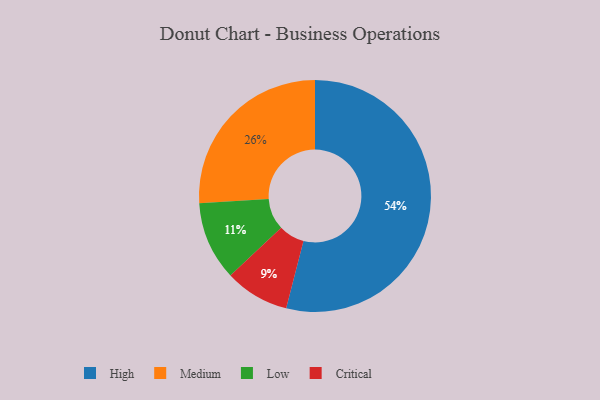
{"axis": {"x": "Category", "y": "Percentage"}, "legend": ["Critical", "High", "Low", "Medium"], "data": [{"x": "Low", "y": 11, "type": "Low"}, {"x": "Medium", "y": 26, "type": "Medium"}, {"x": "High", "y": 54, "type": "High"}, {"x": "Critical", "y": 9, "type": "Critical"}]}